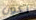
تكون